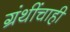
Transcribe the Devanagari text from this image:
ग्रंथींचाही